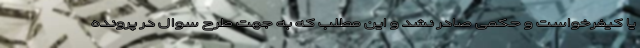
یا کیفرخواست و حکمی صادر نشد و این مطلب که به جهت طرح سوال در پرونده